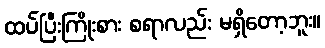
ထပ်ပြီးကြိုးစား စရာလည်း မရှိတော့ဘူး။